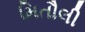
મિતૌલી